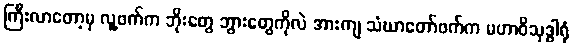
ကြီးလာတော့မှ လူ့ဖက်က ဘိုးတွေ ဘွားတွေကိုလဲ အားကျ သံဃာတော်ဖက်က မဟာဝိသုဒ္ဓါရုံ